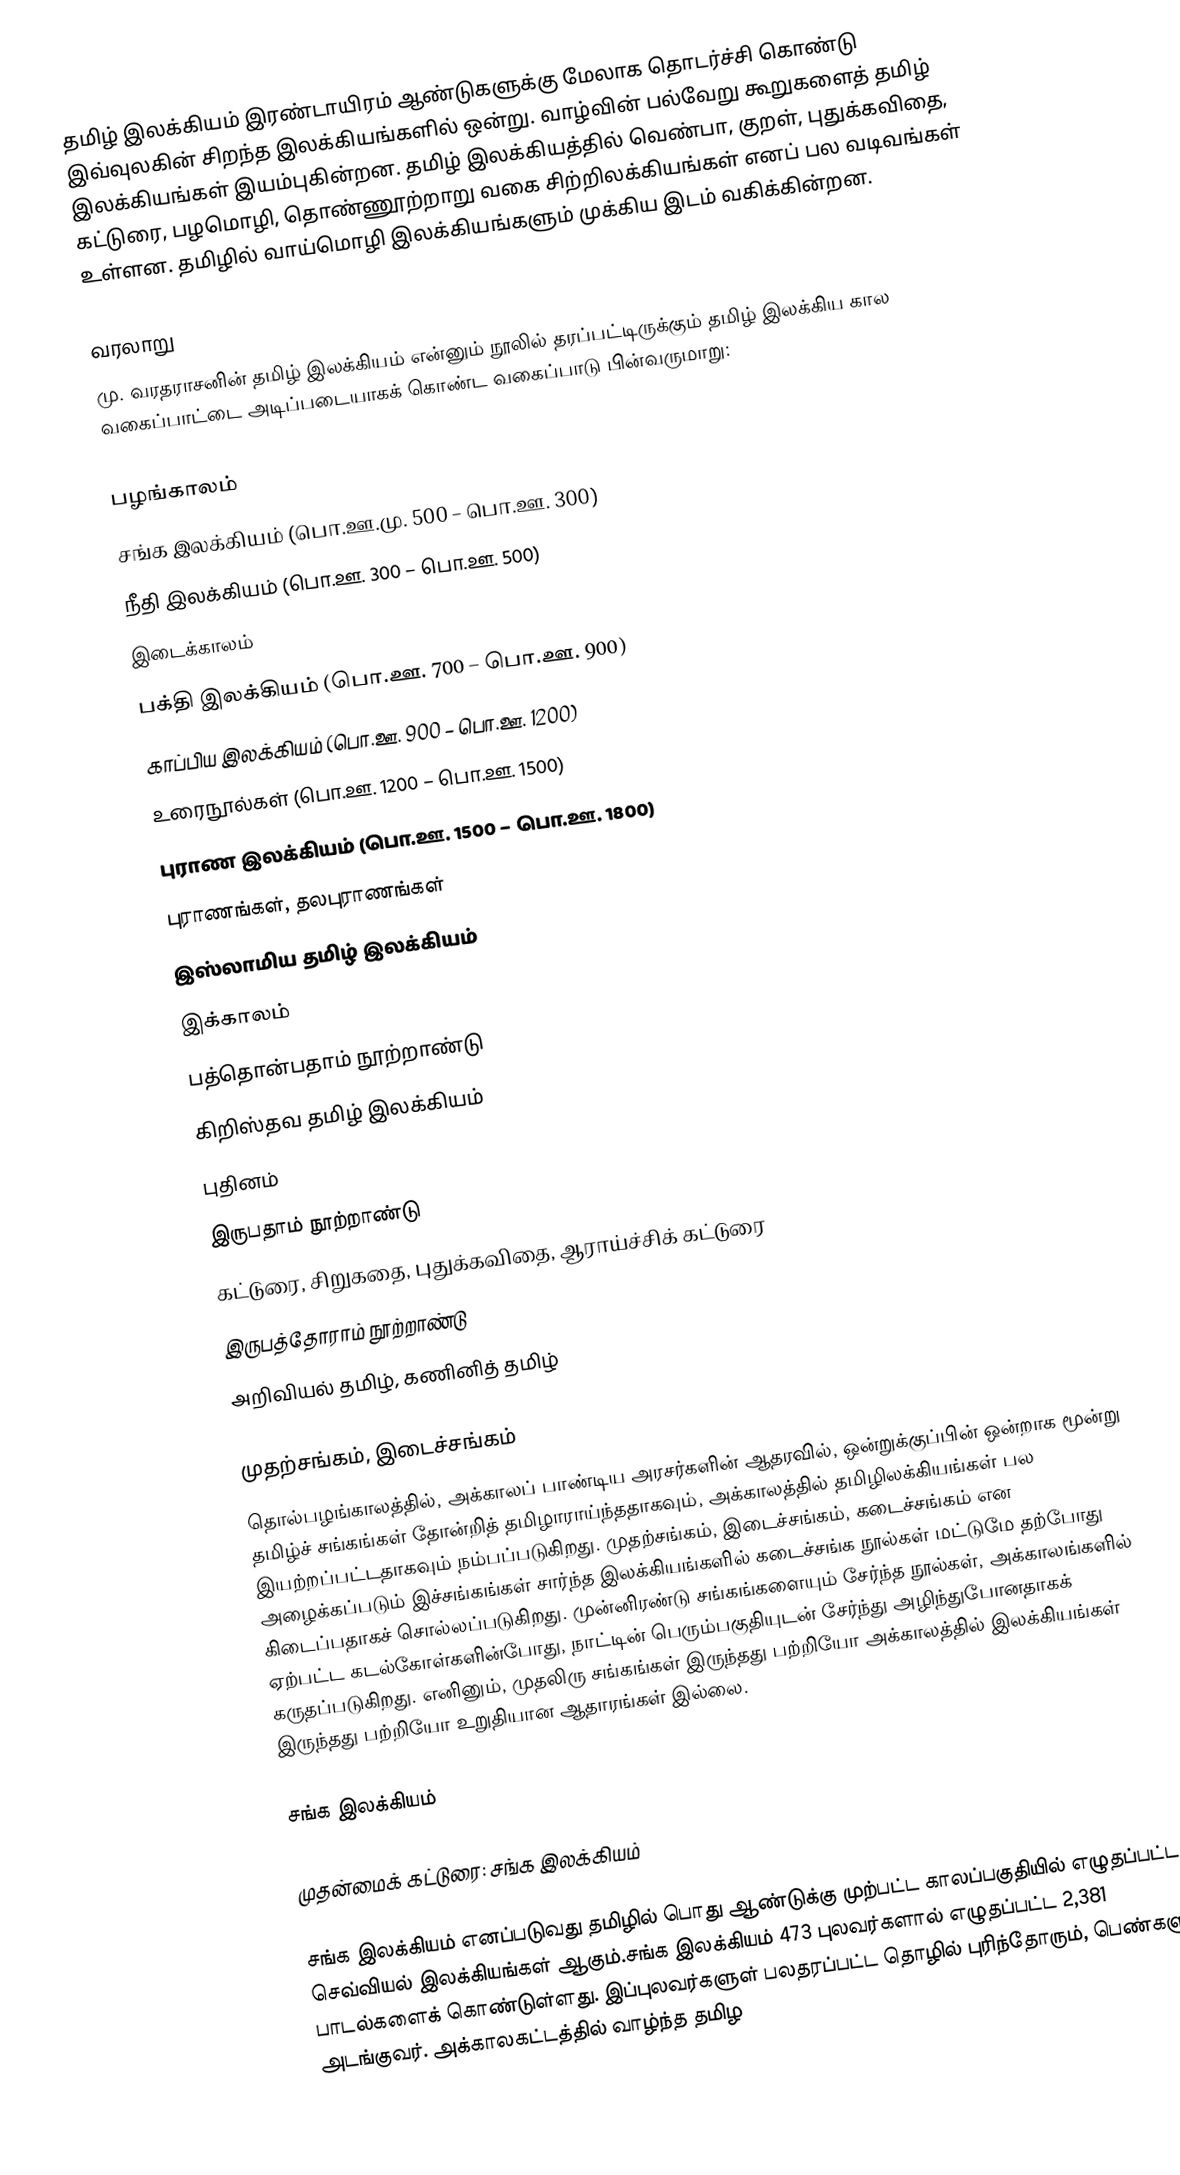
தமிழ் இலக்கியம் இரண்டாயிரம் ஆண்டுகளுக்கு மேலாக தொடர்ச்சி கொண்டு இவ்வுலகின் சிறந்த இலக்கியங்களில் ஒன்று. வாழ்வின் பல்வேறு கூறுகளைத் தமிழ் இலக்கியங்கள் இயம்புகின்றன. தமிழ் இலக்கியத்தில் வெண்பா, குறள், புதுக்கவிதை, கட்டுரை, பழமொழி, தொண்ணூற்றாறு வகை சிற்றிலக்கியங்கள் எனப் பல வடிவங்கள் உள்ளன. தமிழில் வாய்மொழி இலக்கியங்களும் முக்கிய இடம் வகிக்கின்றன.

வரலாறு
மு. வரதராசனின் தமிழ் இலக்கியம் என்னும் நூலில் தரப்பட்டிருக்கும் தமிழ் இலக்கிய கால வகைப்பாட்டை அடிப்படையாகக் கொண்ட வகைப்பாடு பின்வருமாறு:

 பழங்காலம்
 சங்க இலக்கியம் (பொ.ஊ.மு. 500 – பொ.ஊ. 300)
 நீதி இலக்கியம் (பொ.ஊ. 300 – பொ.ஊ. 500)
 இடைக்காலம்
 பக்தி இலக்கியம் (பொ.ஊ. 700 – பொ.ஊ. 900)
 காப்பிய இலக்கியம் (பொ.ஊ. 900 – பொ.ஊ. 1200)
 உரைநூல்கள் (பொ.ஊ. 1200 – பொ.ஊ. 1500)
 புராண இலக்கியம் (பொ.ஊ. 1500 – பொ.ஊ. 1800)
 புராணங்கள், தலபுராணங்கள்
 இஸ்லாமிய தமிழ் இலக்கியம்
 இக்காலம்
 பத்தொன்பதாம் நூற்றாண்டு
 கிறிஸ்தவ தமிழ் இலக்கியம்
 புதினம்
 இருபதாம் நூற்றாண்டு
 கட்டுரை, சிறுகதை, புதுக்கவிதை, ஆராய்ச்சிக் கட்டுரை
 இருபத்தோராம் நூற்றாண்டு
 அறிவியல் தமிழ், கணினித் தமிழ்

முதற்சங்கம், இடைச்சங்கம்
தொல்பழங்காலத்தில், அக்காலப் பாண்டிய அரசர்களின் ஆதரவில், ஒன்றுக்குப்பின் ஒன்றாக மூன்று தமிழ்ச் சங்கங்கள் தோன்றித் தமிழாராய்ந்ததாகவும், அக்காலத்தில் தமிழிலக்கியங்கள் பல இயற்றப்பட்டதாகவும் நம்பப்படுகிறது. முதற்சங்கம், இடைச்சங்கம், கடைச்சங்கம் என அழைக்கப்படும் இச்சங்கங்கள் சார்ந்த இலக்கியங்களில் கடைச்சங்க நூல்கள் மட்டுமே தற்போது கிடைப்பதாகச் சொல்லப்படுகிறது. முன்னிரண்டு சங்கங்களையும் சேர்ந்த நூல்கள், அக்காலங்களில் ஏற்பட்ட கடல்கோள்களின்போது, நாட்டின் பெரும்பகுதியுடன் சேர்ந்து அழிந்துபோனதாகக் கருதப்படுகிறது. எனினும், முதலிரு சங்கங்கள் இருந்தது பற்றியோ அக்காலத்தில் இலக்கியங்கள் இருந்தது பற்றியோ உறுதியான ஆதாரங்கள் இல்லை.

சங்க இலக்கியம்

முதன்மைக் கட்டுரை: சங்க இலக்கியம்

சங்க இலக்கியம் எனப்படுவது தமிழில் பொது ஆண்டுக்கு முற்பட்ட காலப்பகுதியில் எழுதப்பட்ட செவ்வியல் இலக்கியங்கள் ஆகும்.சங்க இலக்கியம் 473 புலவர்களால் எழுதப்பட்ட 2,381 பாடல்களைக் கொண்டுள்ளது. இப்புலவர்களுள் பலதரப்பட்ட தொழில் புரிந்தோரும், பெண்களும் அடங்குவர். அக்காலகட்டத்தில் வாழ்ந்த தமிழ